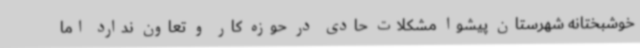
خوشبختانه شهرستان پیشوا مشکلات حادی در حوزه کار و تعاون ندارد اما